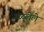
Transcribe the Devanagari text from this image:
गळलेले